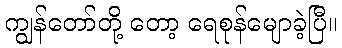
ကျွန်တော်တို့ တော့ ရေစုန်မျောခဲ့ပြီ။